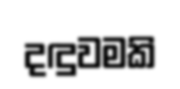
දඳුවමකි